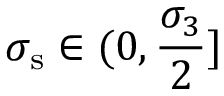
\sigma _ { \mathrm { { s } } } \in ( 0 , \frac { \sigma _ { 3 } } { 2 } ]